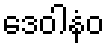
ဒေဝါနံဝ